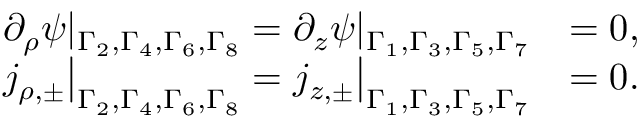
\begin{array} { r l } { \partial _ { \rho } \psi | _ { \Gamma _ { 2 } , \Gamma _ { 4 } , \Gamma _ { 6 } , \Gamma _ { 8 } } = \partial _ { z } \psi | _ { \Gamma _ { 1 } , \Gamma _ { 3 } , \Gamma _ { 5 } , \Gamma _ { 7 } } } & { = 0 , } \\ { j _ { \rho , \pm } \big | _ { \Gamma _ { 2 } , \Gamma _ { 4 } , \Gamma _ { 6 } , \Gamma _ { 8 } } = j _ { z , \pm } \big | _ { \Gamma _ { 1 } , \Gamma _ { 3 } , \Gamma _ { 5 } , \Gamma _ { 7 } } } & { = 0 . } \end{array}